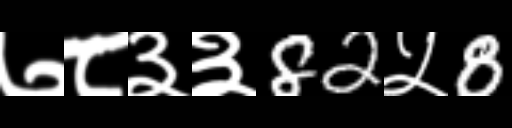
Text: ७८३३82५8